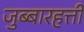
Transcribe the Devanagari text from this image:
जुब्बारहत्ती